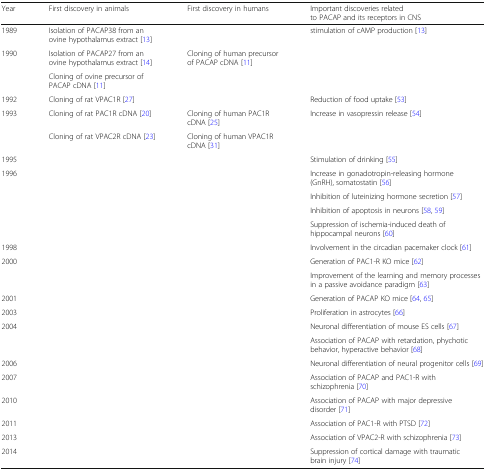
<table><thead><tr><td><b>Year</b></td><td><b>First discovery in animals</b></td><td><b>First discovery in humans</b></td><td><b>Important discoveries related to PACAP and its receptors in CNS</b></td></tr></thead><tbody><tr><td>1989</td><td>Isolation of PACAP38 from an ovine hypothalamus extract [13]</td><td>[EMPTY_CELL]</td><td>stimulation of cAMP production [13]</td></tr><tr><td rowspan="2">1990</td><td>Isolation of PACAP27 from an ovine hypothalamus extract [14]</td><td>Cloning of human precursor of PACAP cDNA [11]</td><td>[EMPTY_CELL]</td></tr><tr><td>Cloning of ovine precursor of PACAP cDNA [11]</td><td>[EMPTY_CELL]</td><td>[EMPTY_CELL]</td></tr><tr><td>1992</td><td>Cloning of rat VPAC1R [27]</td><td>[EMPTY_CELL]</td><td>Reduction of food uptake [53]</td></tr><tr><td rowspan="2">1993</td><td>Cloning of rat PAC1R cDNA [20]</td><td>Cloning of human PAC1R cDNA [25]</td><td rowspan="2">Increase in vasopressin release [54]</td></tr><tr><td>Cloning of rat VPAC2R cDNA [23]</td><td>Cloning of human VPAC1R cDNA [31]</td></tr><tr><td>1995</td><td>[EMPTY_CELL]</td><td>[EMPTY_CELL]</td><td>Stimulation of drinking [55]</td></tr><tr><td rowspan="4">1996</td><td rowspan="4">[EMPTY_CELL]</td><td rowspan="4">[EMPTY_CELL]</td><td>Increase in gonadotropin-releasing hormone (GnRH), somatostatin [56]</td></tr><tr><td>Inhibition of luteinizing hormone secretion [57]</td></tr><tr><td>Inhibition of apoptosis in neurons [58, 59]</td></tr><tr><td>Suppression of ischemia-induced death of hippocampal neurons [60]</td></tr><tr><td>1998</td><td>[EMPTY_CELL]</td><td>[EMPTY_CELL]</td><td>Involvement in the circadian pacemaker clock [61]</td></tr><tr><td rowspan="2">2000</td><td rowspan="2">[EMPTY_CELL]</td><td rowspan="2">[EMPTY_CELL]</td><td>Generation of PAC1-R KO mice [62]</td></tr><tr><td>Improvement of the learning and memory processes in a passive avoidance paradigm [63]</td></tr><tr><td>2001</td><td>[EMPTY_CELL]</td><td>[EMPTY_CELL]</td><td>Generation of PACAP KO mice [64, 65]</td></tr><tr><td>2003</td><td>[EMPTY_CELL]</td><td>[EMPTY_CELL]</td><td>Proliferation in astrocytes [66]</td></tr><tr><td rowspan="2">2004</td><td rowspan="2">[EMPTY_CELL]</td><td rowspan="2">[EMPTY_CELL]</td><td>Neuronal differentiation of mouse ES cells [67]</td></tr><tr><td>Association of PACAP with retardation, phychotic behavior, hyperactive behavior [68]</td></tr><tr><td>2006</td><td>[EMPTY_CELL]</td><td>[EMPTY_CELL]</td><td>Neuronal differentiation of neural progenitor cells [69]</td></tr><tr><td>2007</td><td>[EMPTY_CELL]</td><td>[EMPTY_CELL]</td><td>Association of PACAP and PAC1-R with schizophrenia [70]</td></tr><tr><td>2010</td><td>[EMPTY_CELL]</td><td>[EMPTY_CELL]</td><td>Association of PACAP with major depressive disorder [71]</td></tr><tr><td>2011</td><td>[EMPTY_CELL]</td><td>[EMPTY_CELL]</td><td>Association of PAC1-R with PTSD [72]</td></tr><tr><td>2013</td><td>[EMPTY_CELL]</td><td>[EMPTY_CELL]</td><td>Association of VPAC2-R with schizophrenia [73]</td></tr><tr><td>2014</td><td>[EMPTY_CELL]</td><td>[EMPTY_CELL]</td><td>Suppression of cortical damage with traumatic brain injury [74]</td></tr></tbody></table>